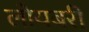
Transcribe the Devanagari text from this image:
लोयबरी